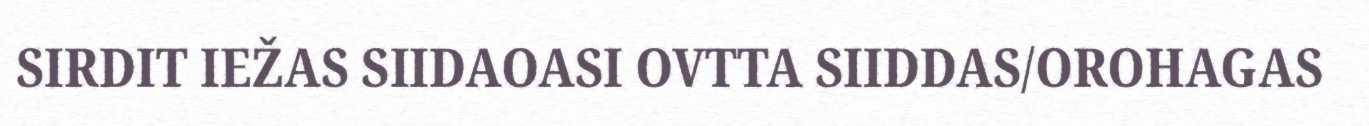
SIRDIT IEŽAS SIIDAOASI OVTTA SIIDDAS/OROHAGAS